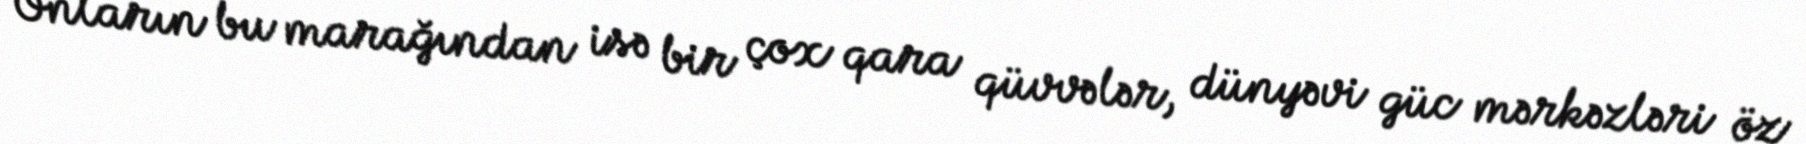
Onların bu marağından isə bir çox qara qüvvələr, dünyəvi güc mərkəzləri öz